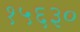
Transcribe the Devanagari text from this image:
१५६३०